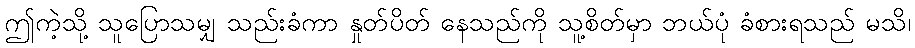
ဤကဲ့သို့ သူပြောသမျှ သည်းခံကာ နှုတ်ပိတ် နေသည်ကို သူ့စိတ်မှာ ဘယ်ပုံ ခံစားရသည် မသိ၊